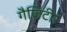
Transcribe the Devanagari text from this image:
गैज़िटीर